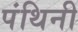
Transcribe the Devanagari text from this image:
पंथिनी